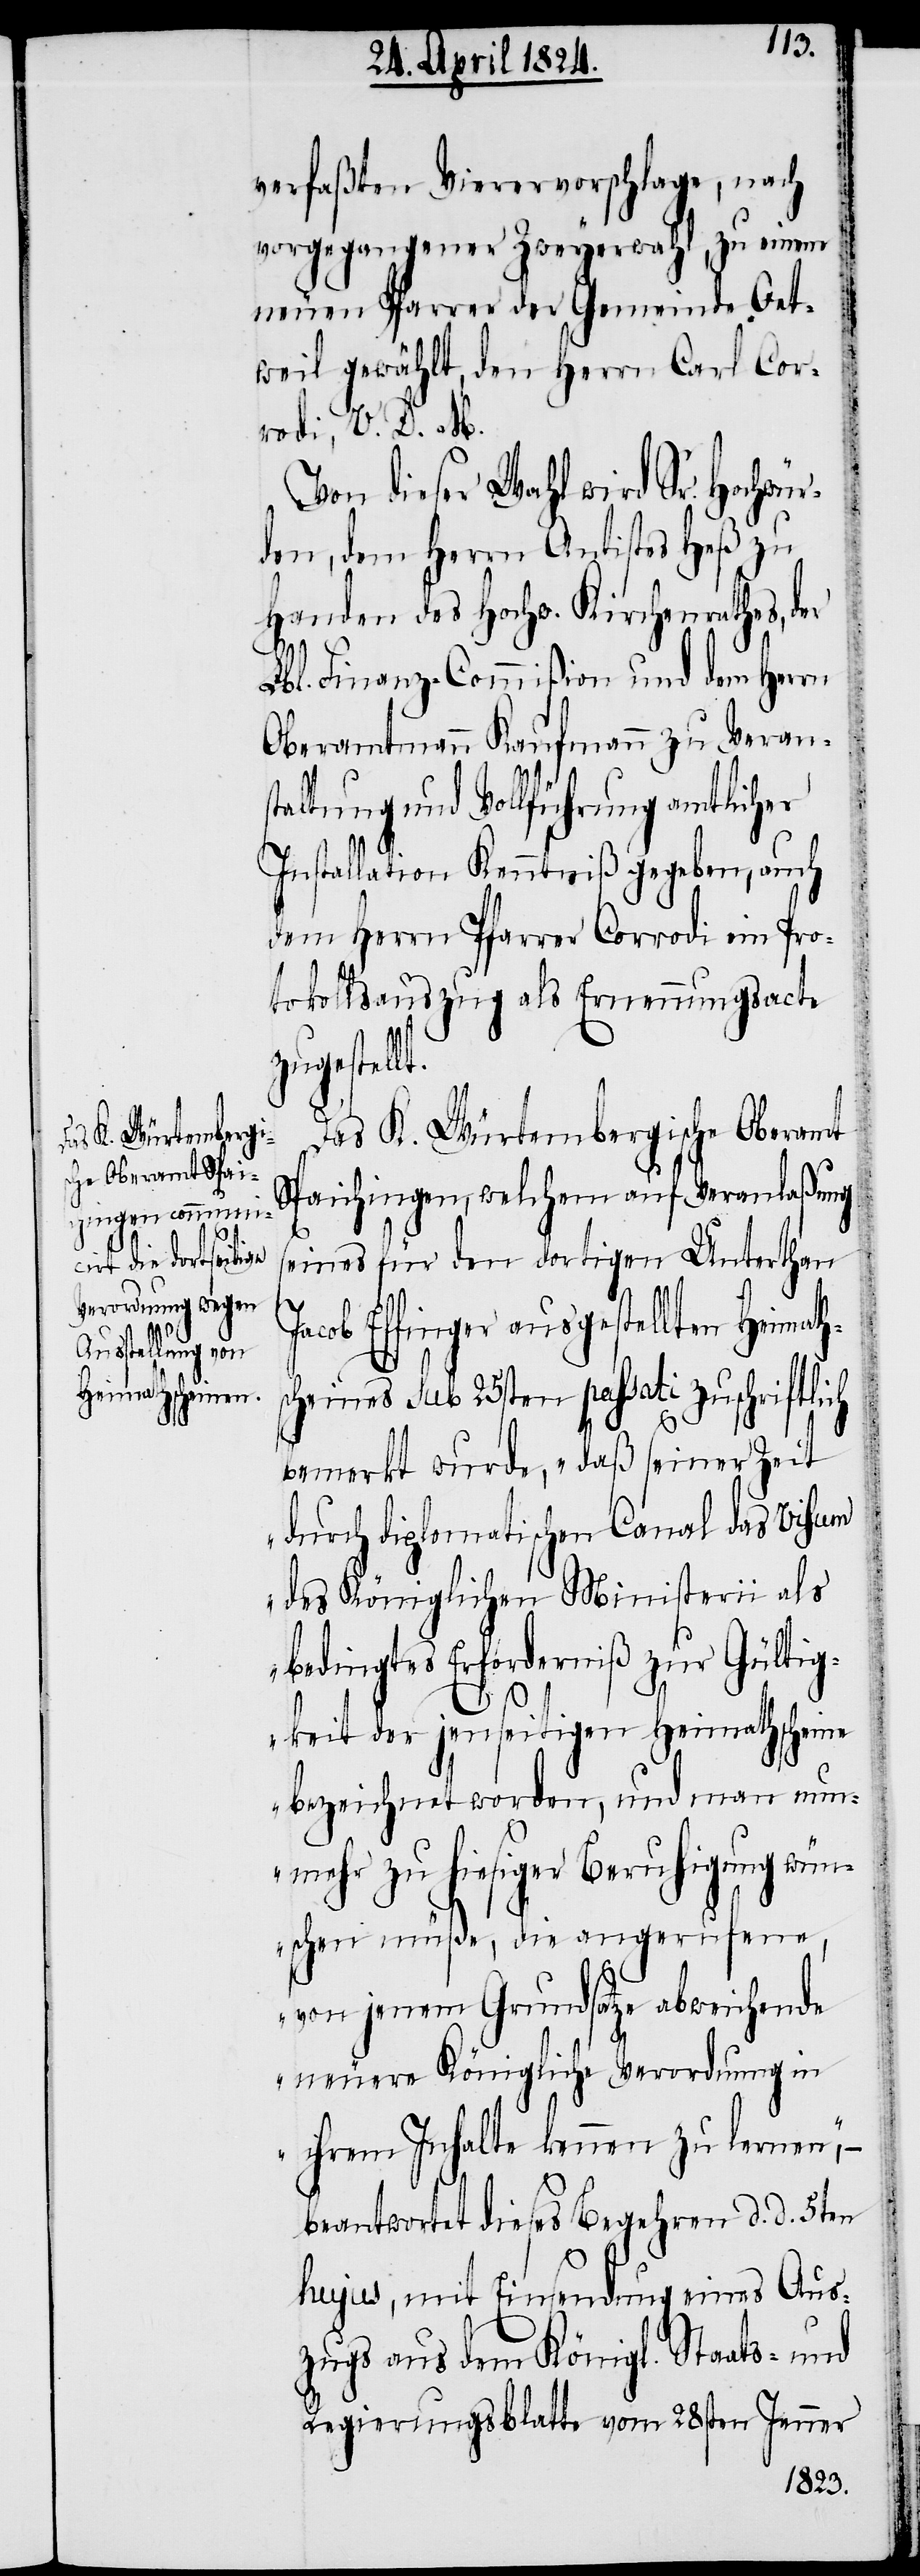
verfaßten Vierervorschlage, nach
vorgegangener Zweyerwahl , zu einem
neuen Pfarrer der Gemeinde Oet¬
weil gewählt, den Herrn Carl Cor¬
rodi, V. D. M.
Von dieser Wahl wird Sr. Hochwür¬
den, dem Herrn Antistes Heß zu
Handen des Hochw. Kirchenrathes, der
Lbl. Finanz-Commißion und dem Herrn
Oberamtmann Kaufmann zu Veran¬
staltung und Vollführung amtlicher
Installation Kenntniß gegeben, auch
dem Herrn Pfarrer Corrodi ein Pro¬
tokollsauszug als Ernennungsacte
zugestell¬
Das K. Würtembergische Oberamt
Spaichingen, welchem auf Veranlaßung
seines für den dortigen Unterthan
acob Effinger ausgestellten Heimath¬
scheines sub 25sten passati zuschriftlich
bemerkt wurde, „daß seiner Zeit
durch diplomatischen Canal das Visum
J¬
des Königlichen Ministerii als
bedingtes Erforderniß zur Gültig¬
keit der jenseitigen Heimathscheine
bezeichnet worden, und man nun¬
mehr zu hiesiger Beruhigung wün¬
schen müße, die angerufene,
von jenem Grundsatze abweichende
neuere Königliche Verordnung in
ihrem Inhalte kennen zu lernen“, –
beantwortet dieses Begehren d. d. 5ten
hujus, mit Einsendung eines Aus¬
zugs aus dem Königl. Staats- und
Regierungsblatte vom 28sten Jenner